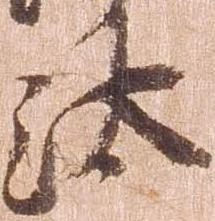
汰